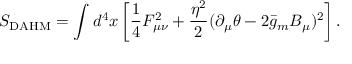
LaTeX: S _ { \mathrm { D A H M } } = \int d ^ { 4 } x \left[ \frac 1 4 F _ { \mu \nu } ^ { 2 } + \frac { \eta ^ { 2 } } { 2 } ( \partial _ { \mu } \theta - 2 \bar { g } _ { m } B _ { \mu } ) ^ { 2 } \right] .